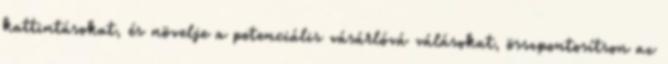
kattintásokat, és növelje a potenciális vásárlóvá válásokat, összpontosítson az